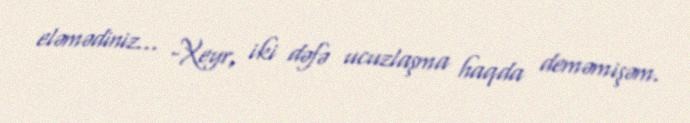
eləmədiniz... -Xeyr, iki dəfə ucuzlaşma haqda deməmişəm.